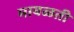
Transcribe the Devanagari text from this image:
मावळती